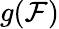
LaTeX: g(\mathcal{F})